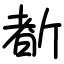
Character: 斱